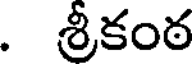
. శ్రీకంఠ